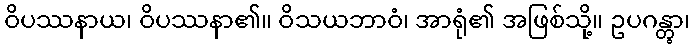
ဝိပဿနာယ၊ ဝိပဿနာ၏။ ဝိသယဘာဝံ၊ အာရုံ၏ အဖြစ်သို့။ ဥပဂန္တွာ၊